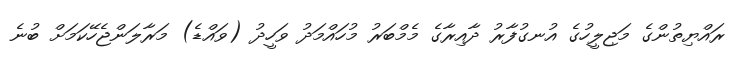
ރައްޔިތުންގެ މަޖިލީހުގެ އުނގުފާރު ދާއިރާގެ މެމްބަރު މުހައްމަދު ވަހީދު (ވައްޑެ) މަރާލަންޖެހޭކަމަށް ބުނެ